Annual administration report of the Civil Veterinary Department of India - 1897-1898
Year: 1897
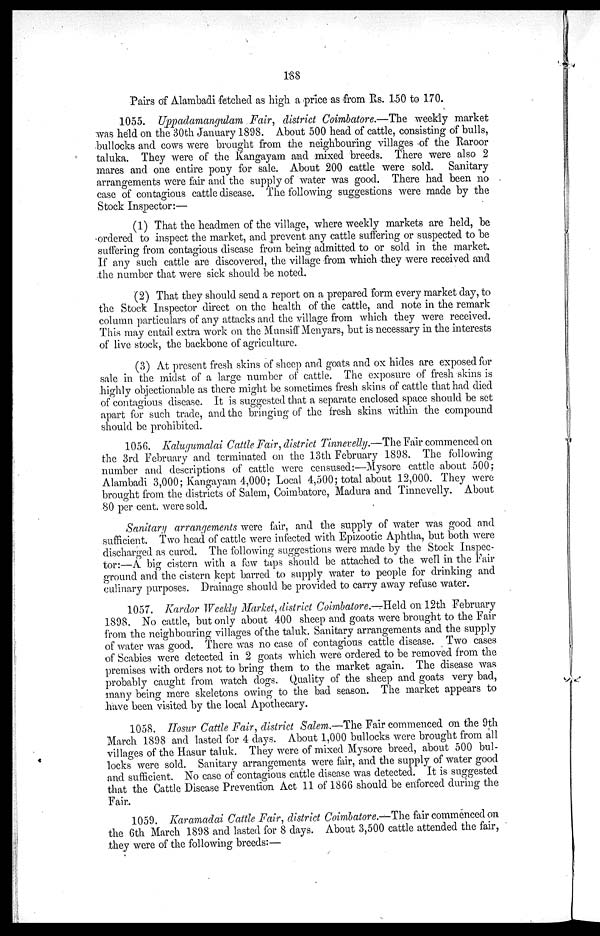
188
Pairs of Alambadi fetched as high a price as from Rs. 150 to 170.
1055. Uppadamangulam Fair, district Coimbatore.—The weekly market
was held on the 30th January 1898. About 500 head of cattle, consisting of bulls,
bullocks and cows were brought from the neighbouring villages of the Raroor
taluka. They were of the Kangayam and mixed breeds. There were also 2
mares and one entire pony for sale. About 200 cattle were sold. Sanitary
arrangements were fair and the supply of water was good. There had been no
case of contagious cattle disease. The following suggestions were made by the
Stock Inspector:—
(1) That the headmen of the village, where weekly markets are held, be
ordered to inspect the market, and prevent any cattle suffering or suspected to be
suffering from contagious disease from being admitted to or sold in the market.
If any such cattle are discovered, the village from which they were received and
the number that were sick should be noted.
(2) That they should send a report on a prepared form every market day, to
the Stock Inspector direct on the health of the cattle, and note in the remark
column particulars of any attacks and the village from which they were received.
This may entail extra work on the Munsiff Menyars, but is necessary in the interests
of live stock, the backbone of agriculture.
(3) At present fresh skins of sheep and goats and ox hides are exposed for
sale in the midst of a large number of cattle. The exposure of fresh skins is
highly objectionable as there might be sometimes fresh skins of cattle that had died
of contagious disease. It is suggested that a separate enclosed space should be set
apart for such trade, and the bringing of the fresh skins within the compound
should be prohibited.
1056. Kalugumalai Cattle Fair, district Tinnevelly.—The Fair commenced on
the 3rd February and terminated on the 13th February 1898. The following
number and descriptions of cattle were censused:—Mysore cattle about 500;
Alambadi 3,000; Kangayam 4,000; Local 4,500; total about 12,000. They were
brought from the districts of Salem, Coimbatore, Madura and Tinnevelly. About
80 per cent. were sold.
Sanitary arrangements were fair, and the supply of water was good and
sufficient. Two head of cattle were infected with Epizootic Aphtha, but both were
discharged as cured. The following suggestions were made by the Stock Inspec-
tor:—A big cistern with a few taps should be attached to the well in the Fair
ground and the cistern kept barred to supply water to people for drinking and
culinary purposes. Drainage should be provided to carry away refuse water.
1057. Kardor Weekly Market, district Coimbatore.—Held on 12th February
1898. No cattle, but only about 400 sheep and goats were brought to the Fair
from the neighbouring villages of the taluk. Sanitary arrangements and the supply
of water was good. There was no case of contagious cattle disease. Two cases
of Scabies were detected in 2 goats which were ordered to be removed from the
premises with orders not to bring them to the market again. The disease was
probably caught from watch dogs. Quality of the sheep and goats very bad,
many being mere skeletons owing to the bad season. The market appears to
have been visited by the local Apothecary.
1058. Hosur Cattle Fair, district Salem.—The Fair commenced on the 9th
March 1898 and lasted for 4 days. About 1,000 bullocks were brought from all
villages of the Hasur taluk. They were of mixed Mysore breed, about 500 bul-
locks were sold. Sanitary arrangements were fair, and the supply of water good
and sufficient. No case of contagious cattle disease was detected. It is suggested
that the Cattle Disease Prevention Act 11 of 1866 should be enforced during the
Fair.
1059. Karamadai Cattle Fair, district Coimbatore.—The fair commenced on
the 6th March 1898 and lasted for 8 days. About 3,500 cattle attended the fair,
they were of the following breeds:—